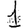
Digit: 1